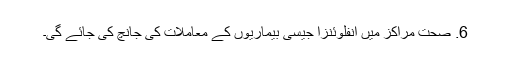
6. صحت مراکز میں انفلوئنزا جیسی بیماریوں کے معاملات کی جانچ کی جائے گی۔